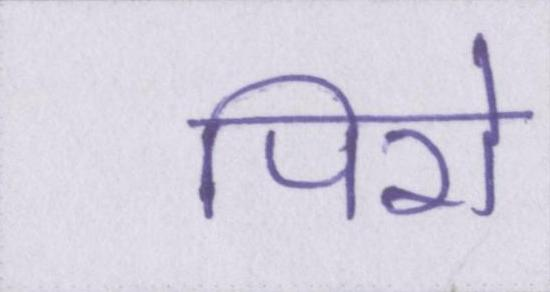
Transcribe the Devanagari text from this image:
पिरो